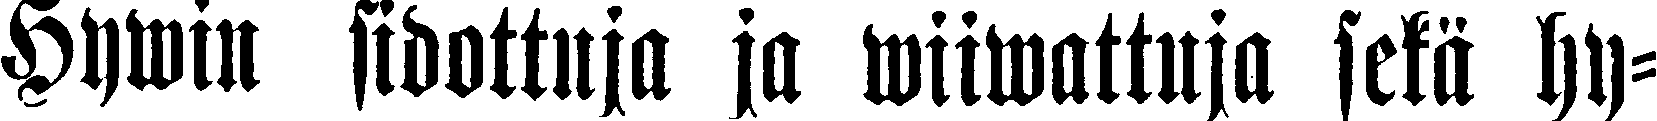
Hywin sidottuja ja wiiwattuja sekä hy-